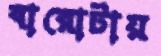
বারোটায়